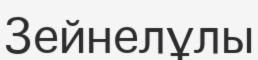
Зейнелұлы